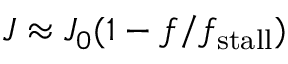
J \approx J _ { 0 } ( 1 - f / f _ { \mathrm { s t a l l } } )